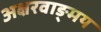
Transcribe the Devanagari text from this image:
अक्षरवाङ्मय